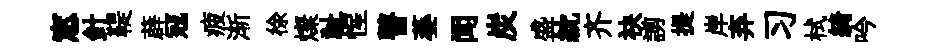
窓針鞮薜冦疲渐徐燦祉惺瞽萎闻炭盛紞齐袂謭提岸弃习栻綺吟